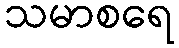
သမာစရေ